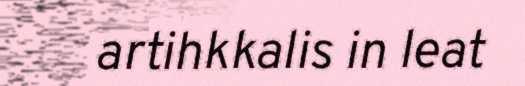
artihkkalis in leat